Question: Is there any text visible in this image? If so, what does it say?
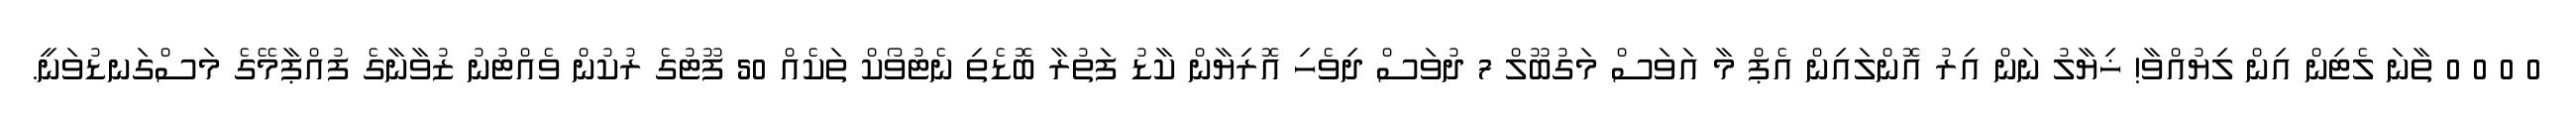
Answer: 0 0 0 0 ތާނަ ލެޓިން އިން ލިޔުއްވާ! ޚިޔާލު ނަން އިރު އޮންލައިން އެޕް މާ އަވަސް މަގުބޫލް 7 ދުވަސް ދިވެހި އޮރިޔާން ކާޑު ފަތުރާ ބޮޑެތި ނެޓުވޯކް ތަކެއް 50 ފޫޓުގެ ރުކުން ވެއްޓުނު ޒުވާނާގެ ފުއްޕާމޭގެ މަސްގަނޑުވަނީ.